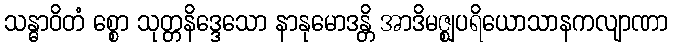
သန္ဓာဝိတံ စ္စော သုတ္တနိဒ္ဒေသော နာနုမောဒန္တိ အာဒိမဇ္ဈပရိယောသာနကလျာဏာ